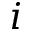
i